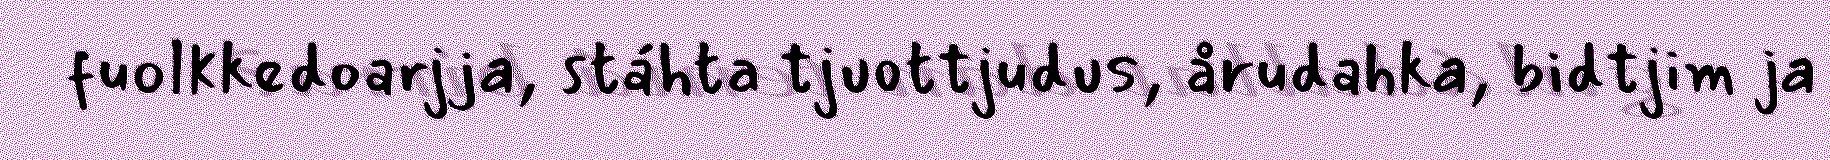
fuolkkedoarjja, stáhta tjuottjudus, årudahka, bidtjim ja